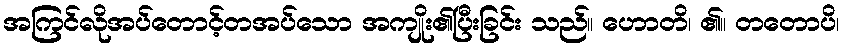
အကြင်လိုအပ်တောင့်တအပ်သော အကျိုး၏ပြီးခြင်း သည်။ ဟောတိ၊ ၏။ တတောပိ၊